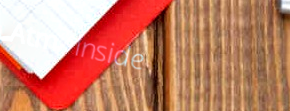
Atm Inside